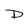
Character: D